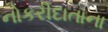
નોકરીદાતાના